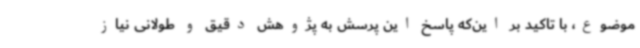
موضوع، با تاکید بر این‌که پاسخ این پرسش به پژوهش دقیق و طولانی نیاز